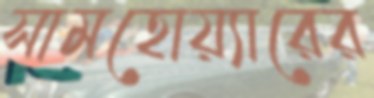
সামহোয়্যারের